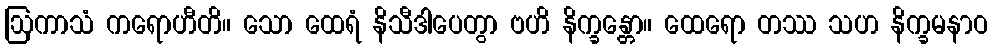
ဩကာသံ ကရောဟီတိ။ သော ထေရံ နိသီဒါပေတွာ ဗဟိ နိက္ခန္တော။ ထေရော တဿ သဟ နိက္ခမနာဝ